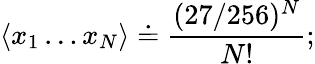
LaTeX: \langle x_{1}\dots x_{N}\rangle\doteq\frac{(27/256)^{N}}{N!};